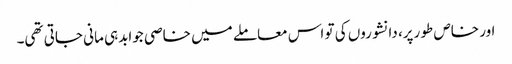
اور خاص طو رپر، دانشوروں کی تو اس معاملے میں خاصی جوابدہی مانی جاتی تھی۔